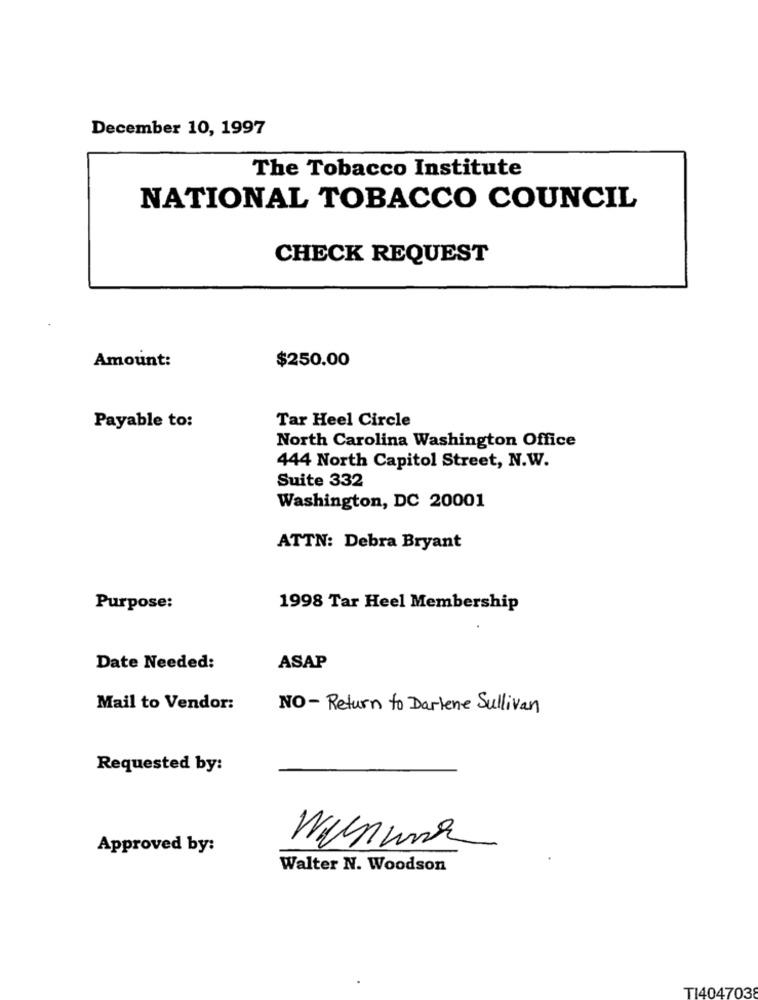
December 10, 1997
The Tobacco Institute
NATIONAL TOBACCO COUNCIL
CHECK REQUEST
Amount:
$250.00
Tar Heel Circle
Payable to:
North Carolina Washington Office
444 North Capitol Street, N.W.
Suite 332
Washington, DC 20001
ATTN: Debra Bryant
Purpose:
1998 Tar Heel Membership
Date Needed:
ASAP
Mail to Vendor:
NO- Return to Darlene Sullivan
Requested by:
Approved by:
Walter N. Woodson
TI404703